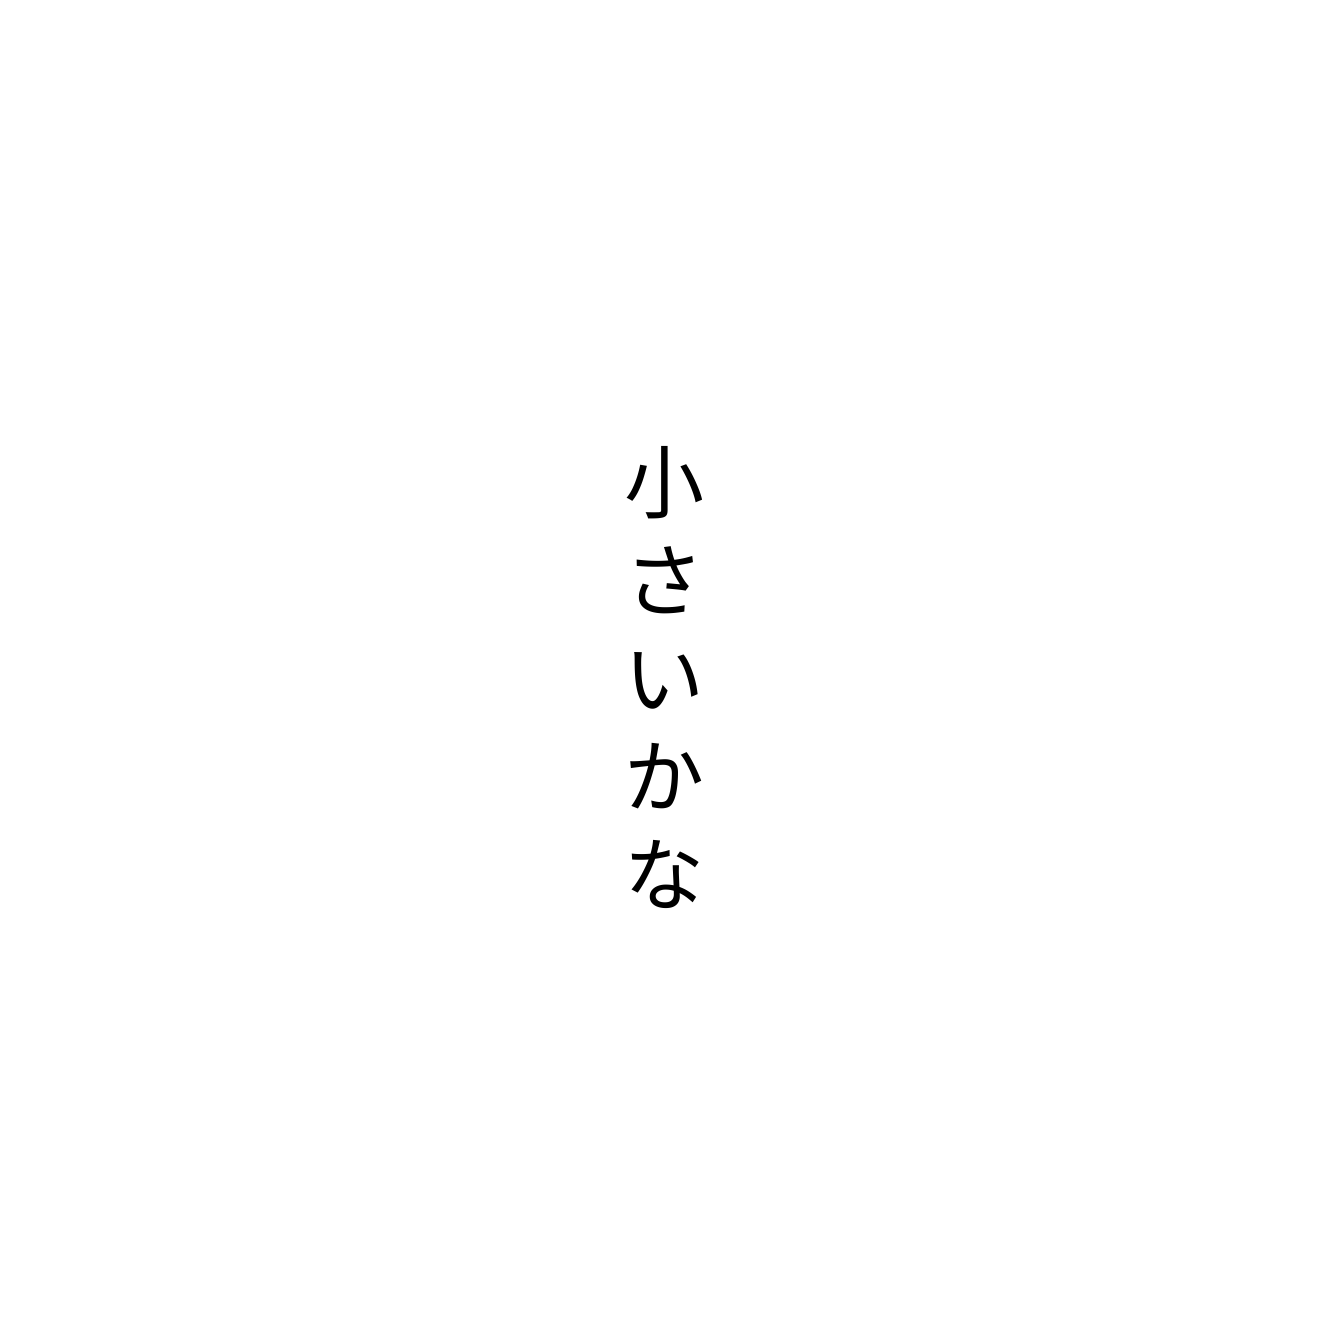
小さいかな